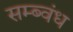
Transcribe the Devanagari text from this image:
सम्ब्वंध